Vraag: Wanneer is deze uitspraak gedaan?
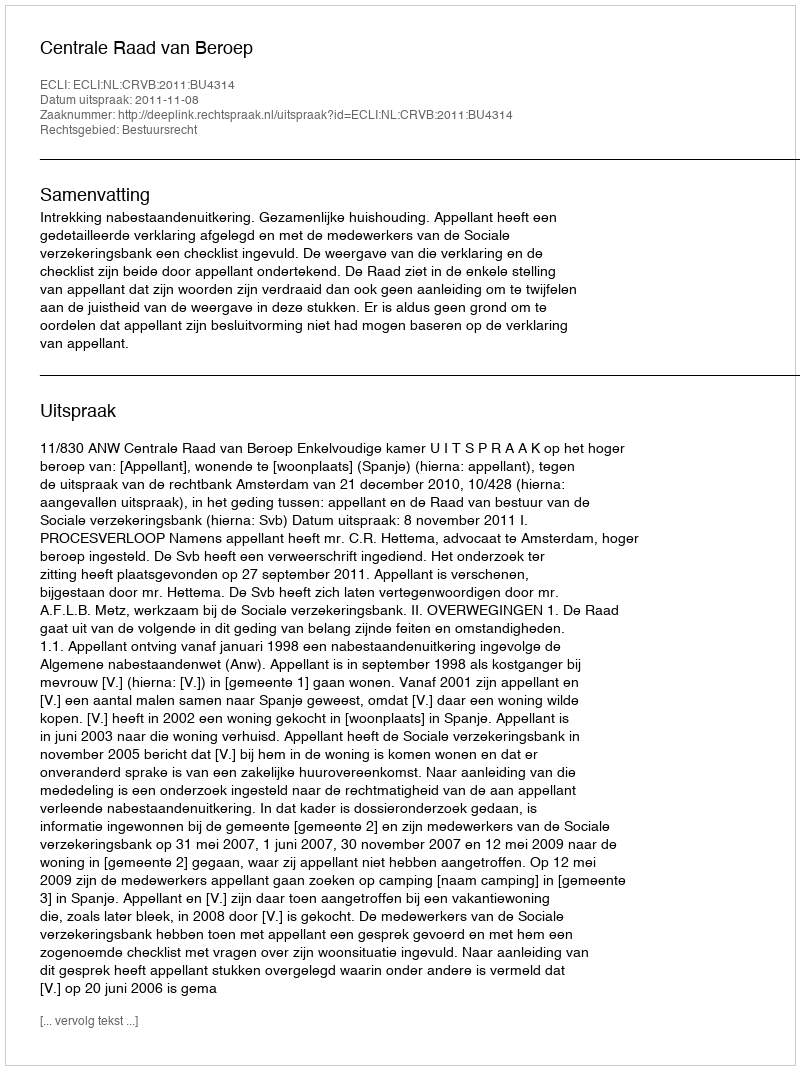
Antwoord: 2011-11-08